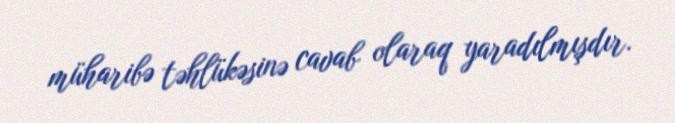
müharibə təhlükəsinə cavab olaraq yaradılmışdır.